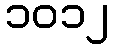
၁၀၁၂